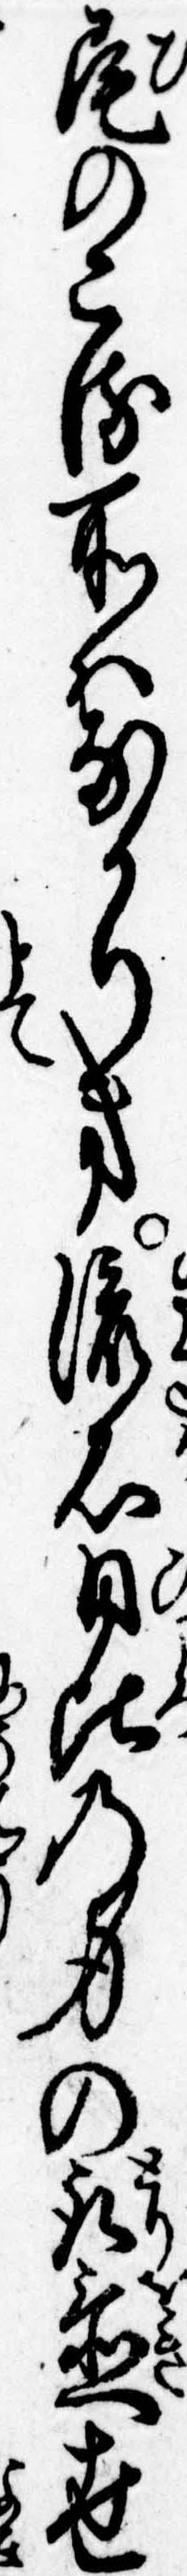
尾のこる所はなかりき流石日比の身の取置世